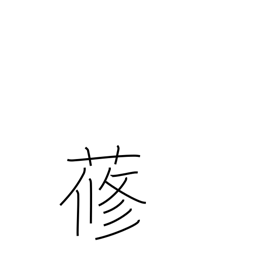
Meaning: (used only in compounds)